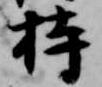
持